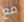
مع